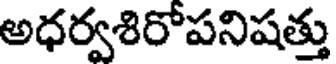
అధర్వశిరోపనిషత్తు